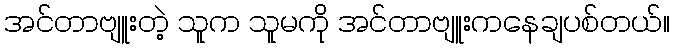
အင်တာဗျူးတဲ့ သူက သူမကို အင်တာဗျူးကနေချပစ်တယ်။